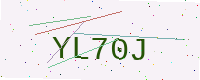
Text: YL70J